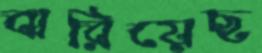
ঝরিয়েছ